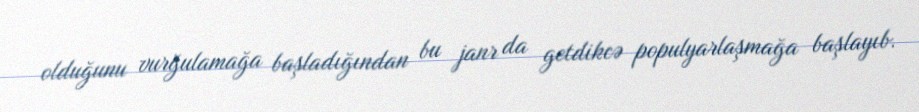
olduğunu vurğulamağa başladığından bu janr da getdikcə populyarlaşmağa başlayıb.